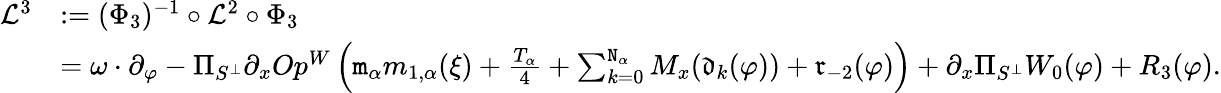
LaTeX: \begin{array}{rl}{\mathcal{L}^{3}}&{:=(\Phi_{3})^{-1}\circ\mathcal{L}^{2}\circ\Phi_{3}}\\ &{=\omega\cdot\partial_{\varphi}-\Pi_{S^{\perp}}\partial_{x}Op^{W}\left(\mathtt{m}_{\alpha}m_{1,\alpha}(\xi)+\frac{T_{\alpha}}4+\sum_{k=0}^{\mathtt{N}_{\alpha}}M_{x}(\mathfrak{d}_{k}(\varphi))+\mathfrak{r}_{-2}(\varphi)\right)+\partial_{x}\Pi_{S^{\perp}}W_{0}(\varphi)+R_{3}(\varphi).}\end{array}